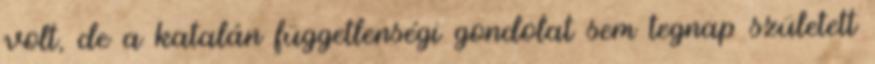
volt, de a katalán függetlenségi gondolat sem tegnap született